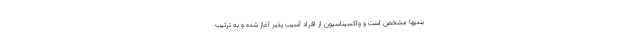
بندیها مشخص است و واکسیناسیون از افراد آسیب پذیر آغاز شده و به ترتیب